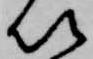
以